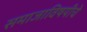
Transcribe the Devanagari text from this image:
समाजाविषयीचे